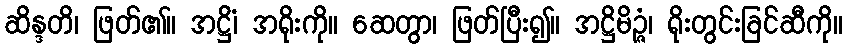
ဆိန္ဒတိ၊ ဖြတ်၏။ အဋ္ဌိံ၊ အရိုးကို။ ဆေတွာ၊ ဖြတ်ပြီး၍။ အဋ္ဌိမိဉ္ဇံ၊ ရိုးတွင်းခြင်ဆီကို။